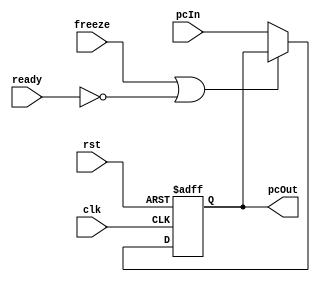
module PC_Reg(
    input clk, rst, freeze, ready, 
    input[31:0] pcIn,
    output reg[31:0] pcOut
    );

    wire stall;
    assign stall = freeze | ~ready;
    always @(posedge clk or posedge rst)
    begin
        if(rst==1'b1)
            pcOut = 32'b0;
        else if(stall==1'b0)
            pcOut = pcIn;
    end

endmodule